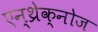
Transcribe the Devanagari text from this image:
एन्थ्रेक्नोज